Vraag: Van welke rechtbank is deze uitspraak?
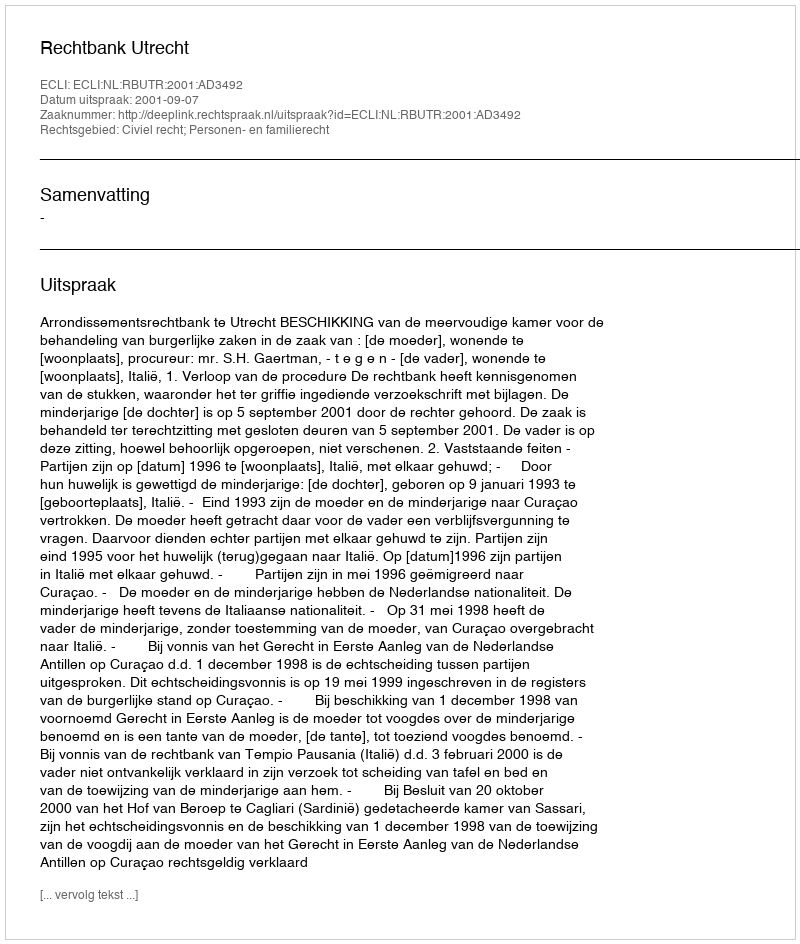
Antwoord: Rechtbank Utrecht